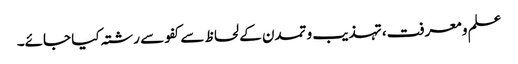
علم و معرفت، تہذیب و تمدن کے لحاظ سے کفو سے رشتہ کیا جائے۔